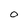
Character: O